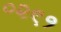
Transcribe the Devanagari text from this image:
०२९१